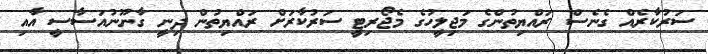
ސަރުކާރެއް ގެނެސް ރައްޔިތުންްގެ މަޖިލީހުގެ މެޖޯރިޓީ ސަރުކާރަށް ރައްޔިތުން ދިނީ ގާނޫނުއަސާސީ އާއި